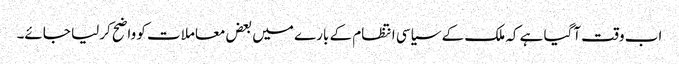
اب وقت آگیا ہے کہ ملک کے سیاسی انتظام کے بارے میں بعض معاملات کو واضح کرلیا جائے۔